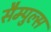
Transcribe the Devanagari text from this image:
सैम्पुल्स